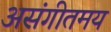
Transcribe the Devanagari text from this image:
असंगीतमय